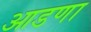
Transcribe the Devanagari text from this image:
आडणा